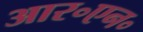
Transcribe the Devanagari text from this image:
आर॰एन॰